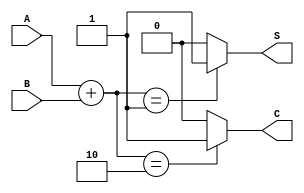
module threshold_half_adder (
    input A, // First binary input
    input B, // Second binary input
    output reg S, // Sum output
    output reg C  // Carry output
);

// Always block to compute Sum and Carry based on inputs A and B
always @(*) begin
    // Initialize outputs
    S = 0;
    C = 0;
    
    // Determine Sum (S) based on the threshold logic
    if (A + B == 1) begin
        S = 1; // Sum is 1 if exactly one input is 1
    end
    
    // Determine Carry (C) based on the threshold logic
    if (A + B == 2) begin
        C = 1; // Carry is 1 if both inputs are 1
    end
end

endmodule